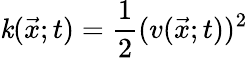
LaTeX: \mathit{k}(\vec{{x}};t)=\frac{{1}}{{2}}(v(\vec{{x}};t))^{2}